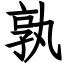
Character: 孰